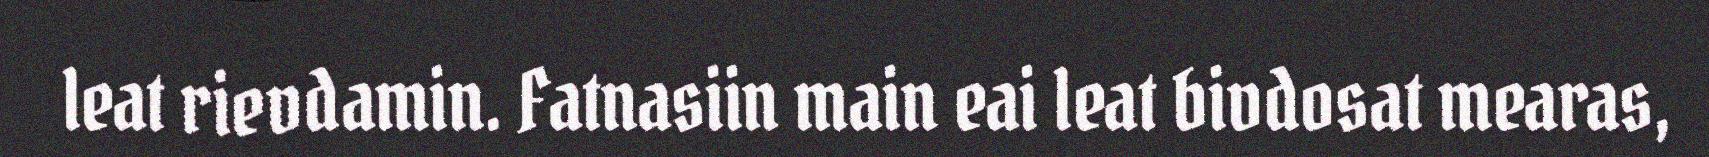
leat rievdamin. Fatnasiin main eai leat bivdosat mearas,